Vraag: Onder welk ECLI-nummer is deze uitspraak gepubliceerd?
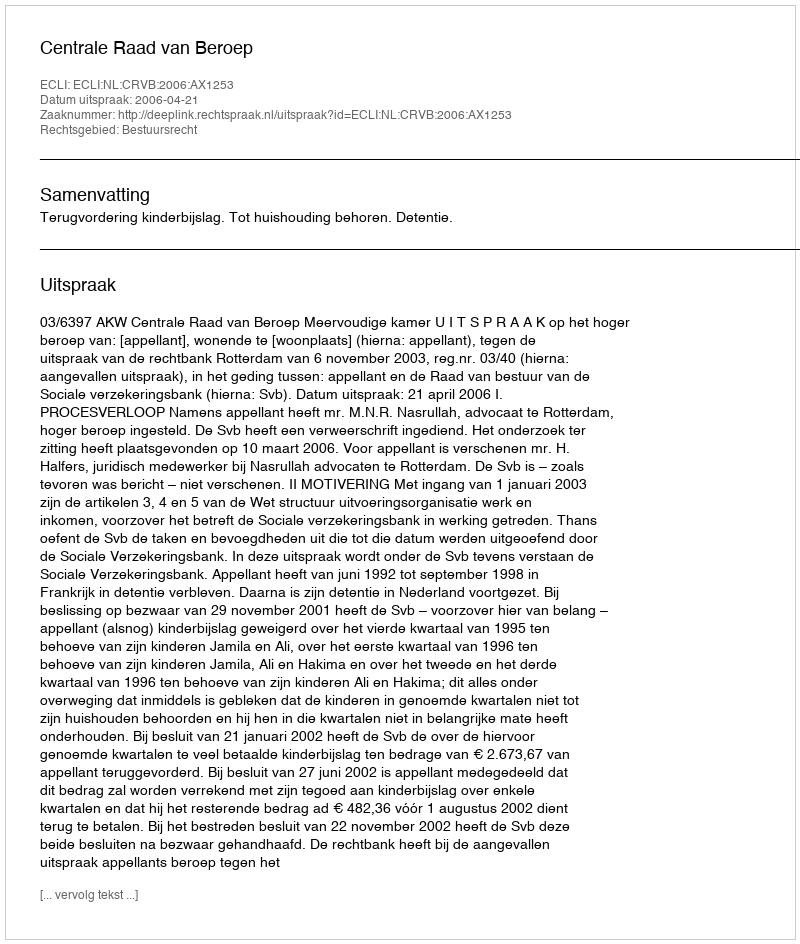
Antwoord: ECLI:NL:CRVB:2006:AX1253